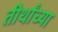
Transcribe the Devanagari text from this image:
तीर्थांच्या